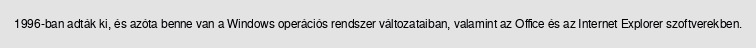
1996-ban adták ki, és azóta benne van a Windows operációs rendszer változataiban, valamint az Office és az Internet Explorer szoftverekben.